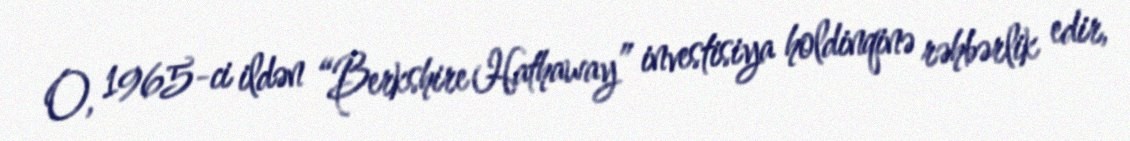
O, 1965-ci ildən “Berkshire Hathaway” investisiya holdinqinə rəhbərlik edir,